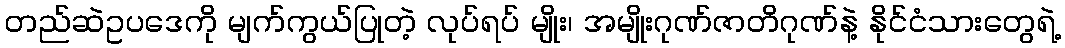
တည်ဆဲဥပဒေကို မျက်ကွယ်ပြုတဲ့ လုပ်ရပ် မျိုး၊ အမျိုးဂုဏ်ဇာတိဂုဏ်နဲ့ နိုင်ငံသားတွေရဲ့